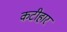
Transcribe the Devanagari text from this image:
कटीहार